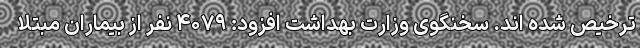
ترخیص شده اند. سخنگوی وزارت بهداشت افزود: ۴۰۷۹ نفر از بیماران مبتلا